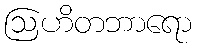
ဩဟိတဘာရော